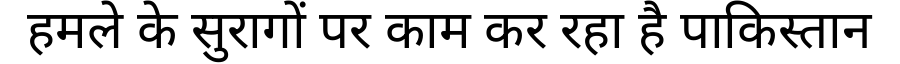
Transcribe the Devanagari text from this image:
हमले के सुरागों पर काम कर रहा है पाकिस्तान